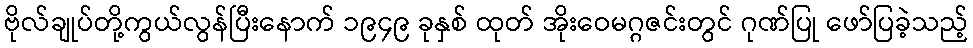
ဗိုလ်ချုပ်တို့ကွယ်လွန်ပြီးနောက် ၁၉၄၉ ခုနှစ် ထုတ် အိုးဝေမဂ္ဂဇင်းတွင် ဂုဏ်ပြု ဖော်ပြခဲ့သည့်